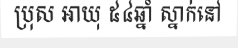
ប្រុស អាយុ ៥៤ឆ្នាំ ស្នាក់នៅ